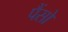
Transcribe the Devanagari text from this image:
पैंसो